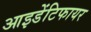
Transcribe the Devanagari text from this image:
आइडेंटिफायर